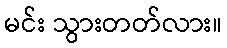
မင်း သွားတတ်လား။